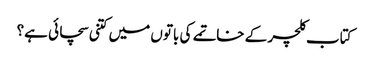
کتاب کلچر کے خاتمے کی باتوں میں کتنی سچائی ہے؟